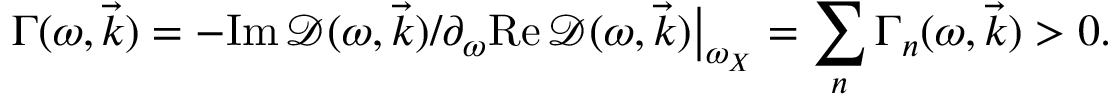
\Gamma ( \omega , \vec { k } ) = - \mathrm { I m } \, \mathcal { D } ( \omega , { \vec { k } } ) / \partial _ { \omega } \mathrm { R e } \, \mathcal { D } ( \omega , \vec { k } ) \big | _ { \omega _ { X } } = \sum _ { n } \Gamma _ { n } ( \omega , \vec { k } ) > 0 .